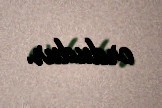
ordudur.